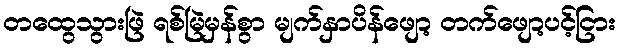
တထွေသွားဖြဲ ရစ်မြဲမှန်စွာ မျက်နှာပိန်ဖျော့ တက်ဖျော့ပင့်ငြား